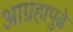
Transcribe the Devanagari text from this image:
आग्रहापुढे